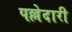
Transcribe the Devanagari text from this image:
पल्लेदारी